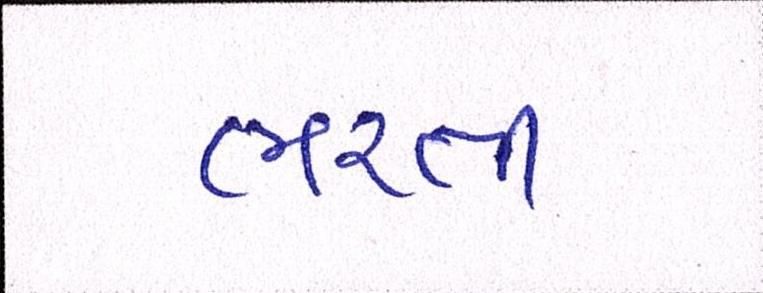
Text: ભરતી